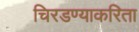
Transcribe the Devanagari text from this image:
चिरडण्याकरिता